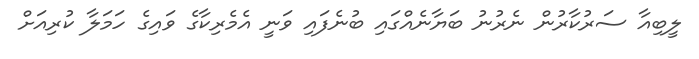
ލީބިއާ ސަރުކާރުން ނެރުނު ބަޔާނެއްގައި ބުނެފައި ވަނީ އެމެރިކާގެ ވައިގެ ހަމަލާ ކުރިއަށް